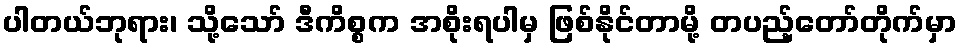
ပါတယ်ဘုရား၊ သို့သော် ဒီကိစ္စက အစိုးရပါမှ ဖြစ်နိုင်တာမို့ တပည့်တော်တိုက်မှာ